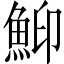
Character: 鮣